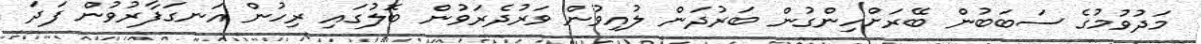
މަދުވުމުގެ ސަބަބުން ބޭރަށްހިންގުން ބަރުދަން ލުއިވުން ވަރުދެރަވުން ބޮލުގައި ރިހުން އަނގަފާރުވުން ފަދަ